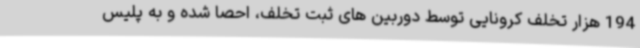
194 هزار تخلف کرونایی توسط دوربین های ثبت تخلف، احصا شده و به پلیس